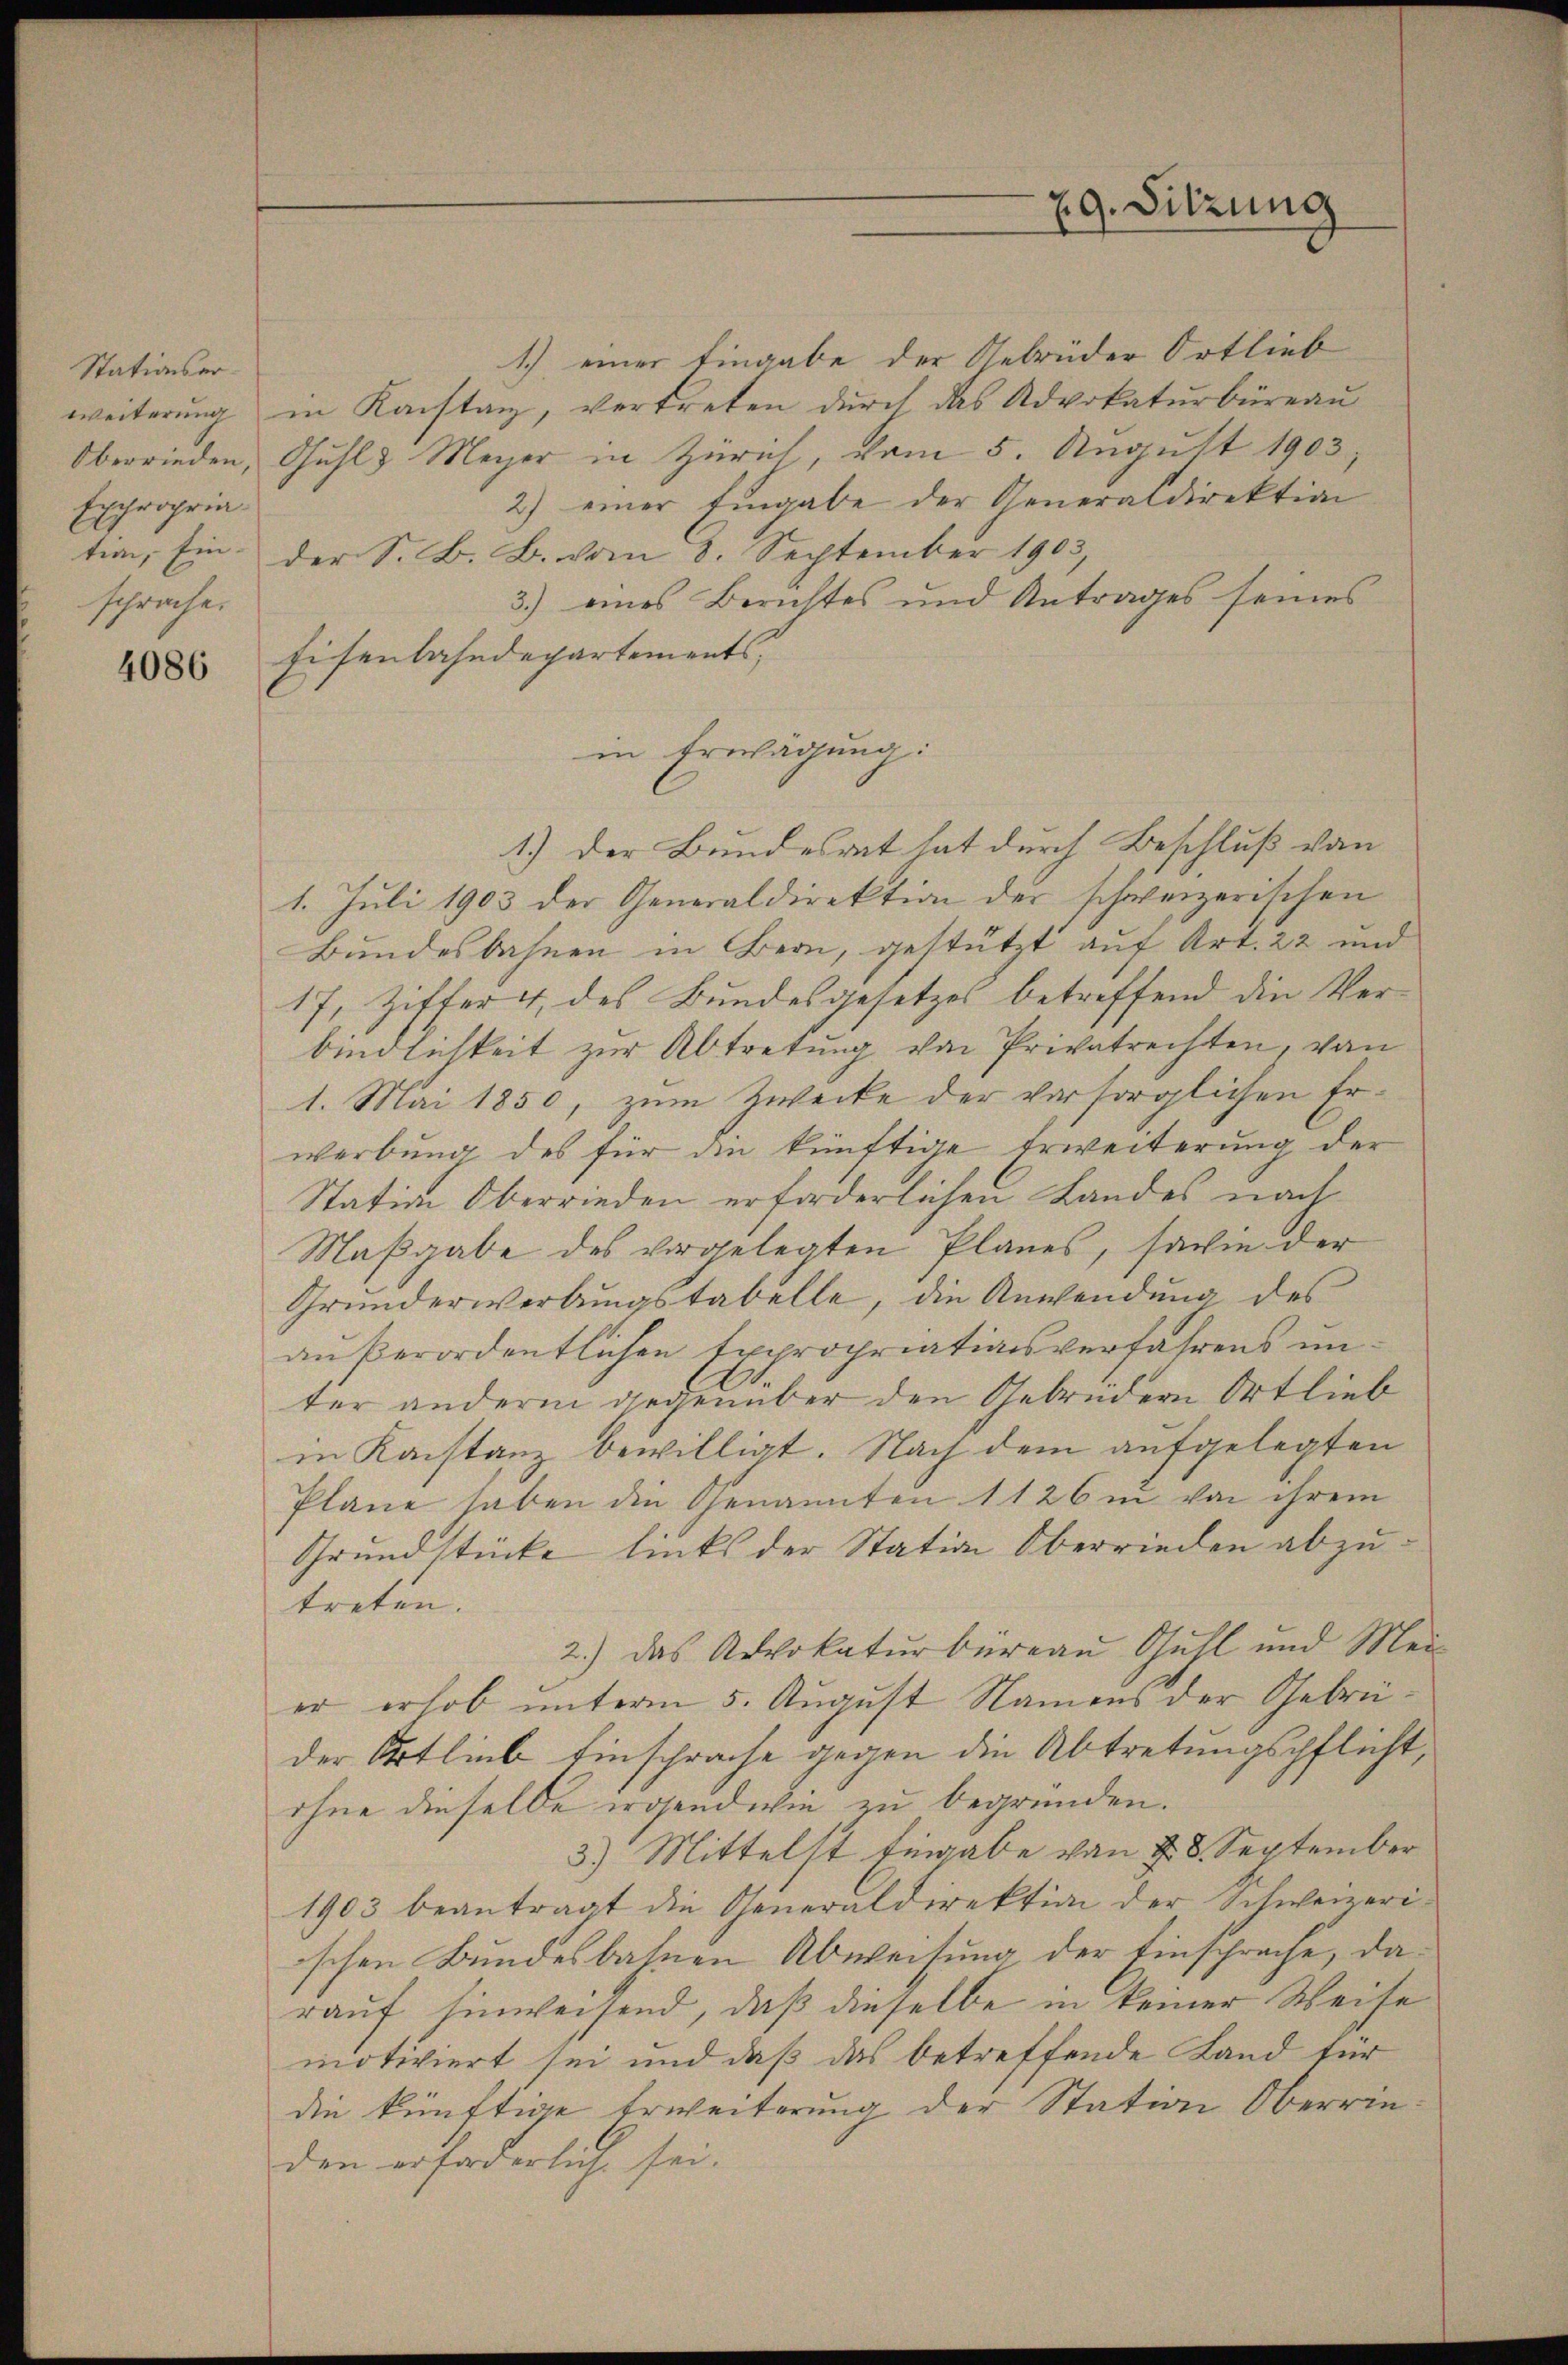
Stationser¬
Expropria
sprache.

4086

1.) einer Eingabe der Gebrüder Ortlieb
weiterung in Konstag, vertreten durch das Advokaturbüreau
Oberrieden, Guhl Meyer in Zürich, vom 5. August 1903,
2) einer Eingabe der Generaldirektion
tem, Ein der S. B. B. vom 8. September 1903,
3.) eines Berichtes und Antrages seines
Eisenbahndepartements,
1.) Der Bundesret hat durch Beschluß von
1. Juli 1903 der Generaldirektion der schweizerischen
Bundesbahnen in Bern, gestützt auf Art. 22 und
17, Ziffer 4 des Bundesgesetzes betreffend die Verbindlichkeit zur Abtretung von Privatrechten, von
1. Mai 1850, zum Zwecke der vorsorglichen Erwerbung des für die künftige Erweiterung der
Station Oberrieden erforderlichen Landes nach
Maßgabe des vorgelegten Planes, sowie der
Grŭnderwerbŭngstabelle, die Anwendung des
aŭβerordentlichen Expropriationsverfahrens ŭn-
ter anderm gegenüber den Gebrüdern Ortlieb
in Konstanz bewilligt. Nach dem aufgelegten
Pläne haben die Genannten 1126 in von ihrem
Grundstücke links der Station Oberrieden abzutreten.
2.) Das Advokaturbüreau Guhl und Mei-
er erhob unterm 5. August Namens der Gebrüder Ortlieb Einsprache gegen die Abtretungspflicht,
ohne dieselbe irgendwie zu begründen.
3.) Mittelst Eingabe von 28. September
1903 beantragt die Generaldirektion der Schweizerischen Bundesbahnen Abweisung der Einsprache, darauf hinweisend, daß dieselbe in keiner Weise
motiviert sei und daß das betreffende Land für
die künftige Erweiterung der Station Oberrinden erforderlich sei.

in Erwägung:

29. Sitzung